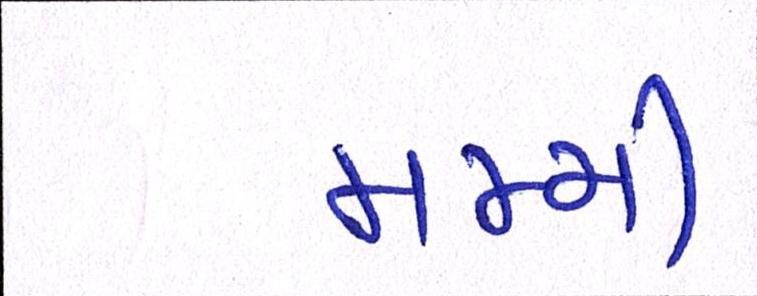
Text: મમ્મી